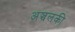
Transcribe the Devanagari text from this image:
अञ्चलकी